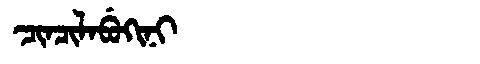
Manchu: ᠴᡳᠨᠴᡳᠯᠠᠪᡠᡴᡳᠨᡳ
Romanization: CINCILABUKINI